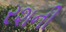
રશની